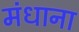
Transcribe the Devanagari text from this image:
मंधाना